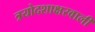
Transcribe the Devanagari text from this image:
त्रयोदशाक्षरवाली